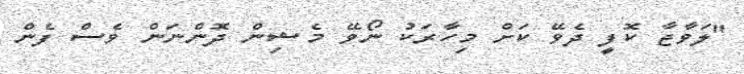
"ލަވާޖާ ކޮފީ ދެވޭ ކަށް މިހާރަކު ނޯވޭ މެޝިން ދޮންނަން ވެސް ފެން